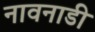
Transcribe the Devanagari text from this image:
नावनाडी